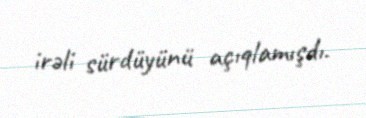
irəli sürdüyünü açıqlamışdı.